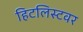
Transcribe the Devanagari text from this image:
हिटलिस्टवर